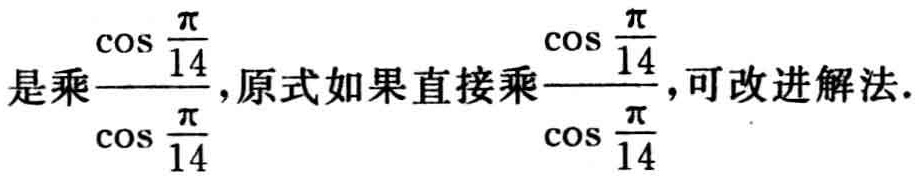
是乘\(\frac{\cos\frac{\pi}{14}}{\cos\frac{\pi}{14}}\)，原式如果直接乘\(\frac{\cos\frac{\pi}{14}}{\cos\frac{\pi}{14}}\)，可改进解法.